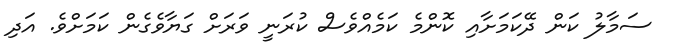
ސަމާލު ކަން ދޭކަމަށާއި ކޮންމެ ކަމެއްވެސް ކުރަނީ ވަރަށް ގަޔާވެގެން ކަމަށްވެ. އަދި